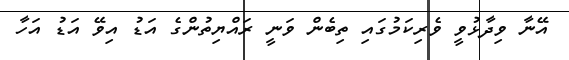
އޭނާ ވިދާޅުވީ ވެރިކަމުގައި ތިބެން ވަނީ ރައްޔިތުންގެ އަޑު އިވޭ އަޑު އަހާ